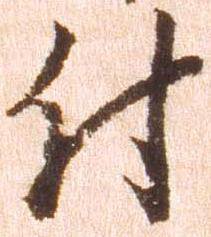
付